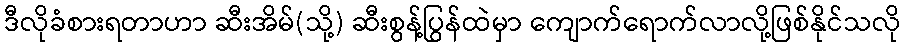
ဒီလိုခံစားရတာဟာ ဆီးအိမ်(သို့) ဆီးစွန့်ပြွန်ထဲမှာ ကျောက်ရောက်လာလို့ဖြစ်နိုင်သလို